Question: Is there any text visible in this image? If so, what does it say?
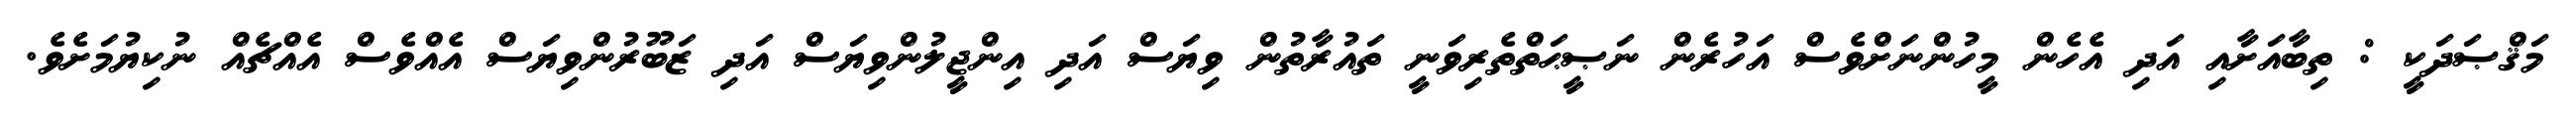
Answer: މަޤްޞަދަކީ : ތިބާއަށާއި އަދި އެހެން މީހުންނަށްވެސް އަހުރެން ނަޞީޙަތްތެރިވަނީ ތައުރާތުން ވިޔަސް އަދި އިންޖީލުންވިޔަސް އަދި ޒަބޫރުންވިޔަސް އެއްވެސް އެއްޗެއް ނުކިޔުމަށެވެ.